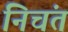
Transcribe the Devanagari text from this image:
निचंत